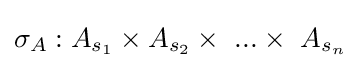
\sigma _{A}:A_{s_{1}}\times A_{s_{2}}\times ~...\times ~A_{s_{n}}